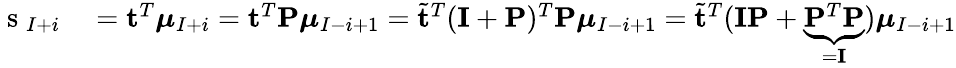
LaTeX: \begin{array}{rl}{\mathrm{~s~}_{I+i}}&{{}=\mathbf{t}^{T}\boldsymbol{\mu}_{I+i}=\mathbf{t}^{T}\mathbf{P}\boldsymbol{\mu}_{I-i+1}=\tilde{\mathbf{t}}^{T}(\mathbf{I}+\mathbf{P})^{T}\mathbf{P}\boldsymbol{\mu}_{I-i+1}=\tilde{\mathbf{t}}^{T}(\mathbf{I}\mathbf{P}+\underbrace{\mathbf{P}^{T}\mathbf{P}}_{=\mathbf{I}})\boldsymbol{\mu}_{I-i+1}}\end{array}